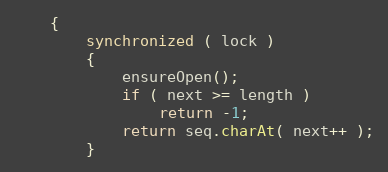
Language: Java
    {
        synchronized ( lock )
        {
            ensureOpen();
            if ( next >= length )
                return -1;
            return seq.charAt( next++ );
        }